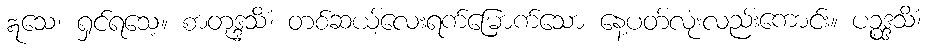
ဣသေ၊ ရှင်ရသေ့။ စာတုဒ္ဒသိံ၊ တစ်ဆယ့်လေးရက်မြောက်သော နေ့ပတ်လုံးလည်းကောင်း။ ပဉ္စဒ္ဒသိံ၊